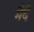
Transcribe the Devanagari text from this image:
मैदै